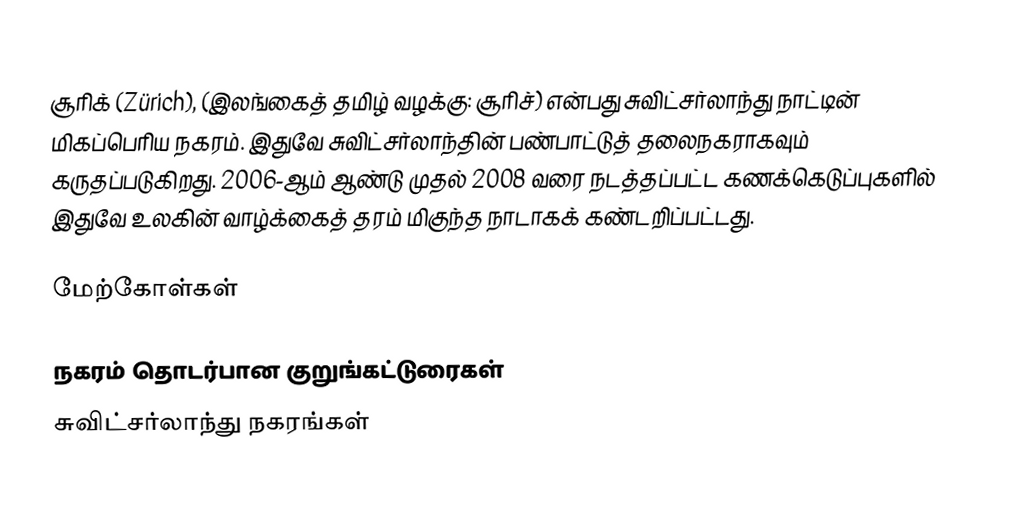
சூரிக் (Zürich), (இலங்கைத் தமிழ் வழக்கு:  சூரிச்) என்பது சுவிட்சர்லாந்து நாட்டின் மிகப்பெரிய நகரம். இதுவே சுவிட்சர்லாந்தின் பண்பாட்டுத் தலைநகராகவும் கருதப்படுகிறது. 2006-ஆம் ஆண்டு முதல் 2008 வரை நடத்தப்பட்ட கணக்கெடுப்புகளில் இதுவே உலகின் வாழ்க்கைத் தரம் மிகுந்த நாடாகக் கண்டறிப்பட்டது.

மேற்கோள்கள்

நகரம் தொடர்பான குறுங்கட்டுரைகள்
சுவிட்சர்லாந்து நகரங்கள்